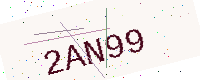
Text: 2AN99